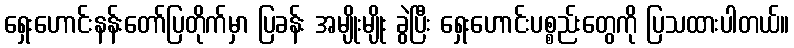
ရှေးဟောင်းနန်းတော်ပြတိုက်မှာ ပြခန်း အမျိုးမျိုး ခွဲပြီး ရှေးဟောင်းပစ္စည်းတွေကို ပြသထားပါတယ်။